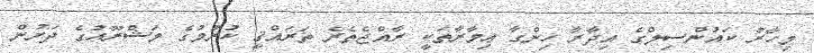
މިހާރު ކައުންސިލްގެ އިދާރާ ހިންގާ ޢިމާރާތަކީ ރާއްޖެތެރެ ތަރައްޤީ ކުރުމުގެ މަޝްރޫޢުގެ ދަށުން